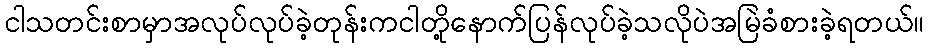
ငါသတင်းစာမှာအလုပ်လုပ်ခဲ့တုန်းကငါတို့နောက်ပြန်လုပ်ခဲ့သလိုပဲအမြဲခံစားခဲ့ရတယ်။